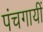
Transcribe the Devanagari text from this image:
पंचगायीं